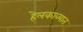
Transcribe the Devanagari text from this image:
हेलकाव्यात